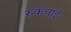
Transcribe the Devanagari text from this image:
रुकवाई